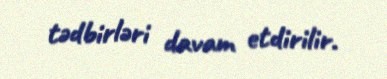
tədbirləri davam etdirilir.